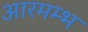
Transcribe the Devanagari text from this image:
आरमम्भ